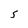
Character: 5